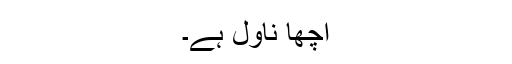
اچھا ناول ہے۔